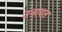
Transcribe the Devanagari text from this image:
उनायत